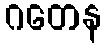
ဂတေန